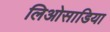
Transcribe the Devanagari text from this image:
लिओसाडिया